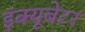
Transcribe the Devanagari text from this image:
इंक्यूबेटर